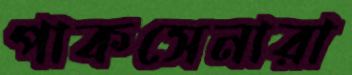
পাকসেনারা